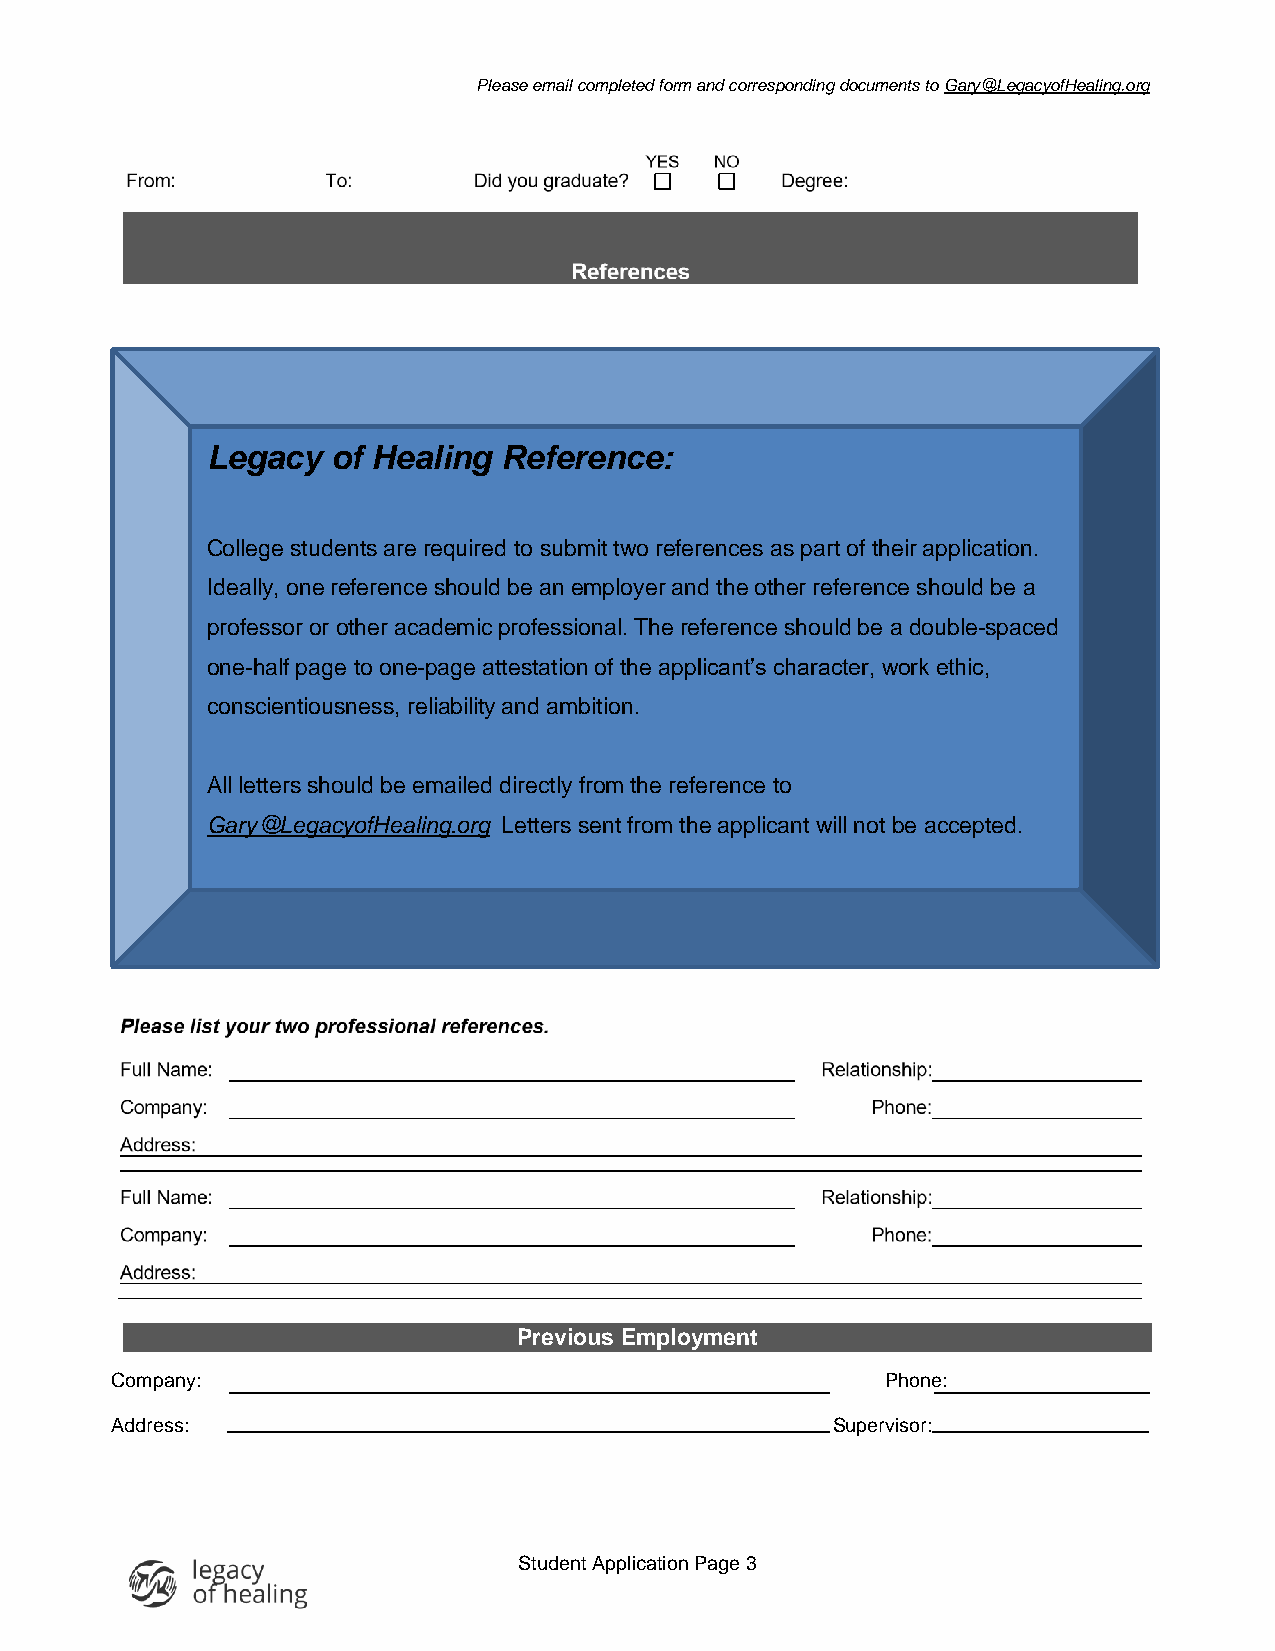
Please email completed form and corresponding documents to Gary@LegacyofHealing.org
 Legacy  of Healing Reference:
 and
 College students are required to submit two references as part of their application.
 Ideally, one reference should be an employer and the other reference should be a
 professor or other academic professional. The reference should be a double- spaced
 one - half page to one - page attestation of the app licant’s character, work ethic,
 conscientiousness, reliability and ambition .
 All letters should be emailed directly from the reference to
 Gary@LegacyofHealing.org Letters s e nt fr o m the applicant will not b e accepted.
 Previous Employment
 Company:                                            Phone:
 Address:                                        Supervisor:
 Student Application Page 3